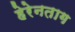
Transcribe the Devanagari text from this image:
हेरेनताग